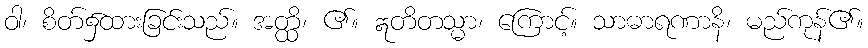
ဝါ၊ စိတ်၌ထားခြင်းသည်။ အတ္ထိ၊ ၏။ ဣတိတသ္မာ၊ ကြောင့်။ သာဓာရဏာနိ၊ မည်ကုန်၏။